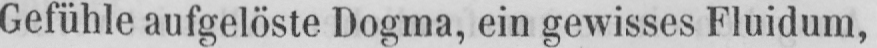
Gefühle aufgelöste Dogma, ein gewisses Fluidum,